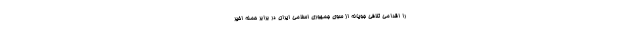
را اقدامی تلافی جویانه از سوی جمهوری اسلامی ایران در برابر حمله اخیر